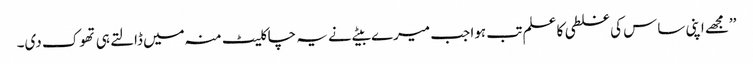
’’مجھے اپنی ساس کی غلطی کا علم تب ہوا جب میرے بیٹے نے یہ چاکلیٹ منہ میں ڈالتے ہی تھوک دی۔